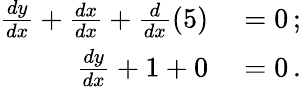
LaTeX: \begin{array}{rl}{{\frac{dy}{dx}}+{\frac{dx}{dx}}+{\frac{d}{dx}}(5)}&{{}=0\, ;}\\ {{\frac{dy}{dx}}+1+0}&{{}=0\, .}\end{array}